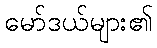
မော်ဒယ်များ၏